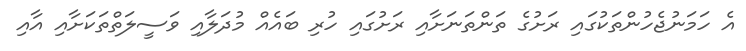
އެ ހަމަނުޖެހުންތަކުގައި ރަށުގެ ތަންތަނަށާއި ރަށުގައި ހުރި ބައެއް މުދަލާއި ވަސީލަތްތަކަށާއި އާއި